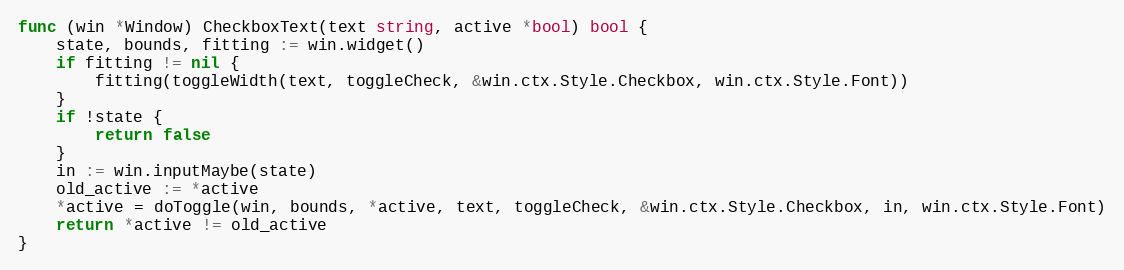
Language: Go
func (win *Window) CheckboxText(text string, active *bool) bool {
	state, bounds, fitting := win.widget()
	if fitting != nil {
		fitting(toggleWidth(text, toggleCheck, &win.ctx.Style.Checkbox, win.ctx.Style.Font))
	}
	if !state {
		return false
	}
	in := win.inputMaybe(state)
	old_active := *active
	*active = doToggle(win, bounds, *active, text, toggleCheck, &win.ctx.Style.Checkbox, in, win.ctx.Style.Font)
	return *active != old_active
}